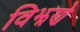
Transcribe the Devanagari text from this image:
विझणे